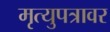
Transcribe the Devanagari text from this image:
मृत्युपत्रावर